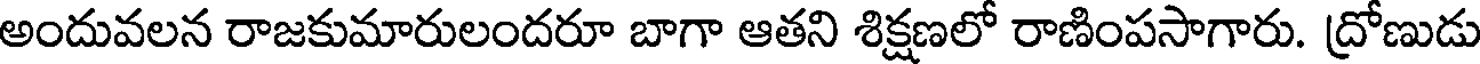
అందువలన రాజకుమారులందరూ బాగా ఆతని శిక్షణలో రాణింపసాగారు. ద్రోణుడు